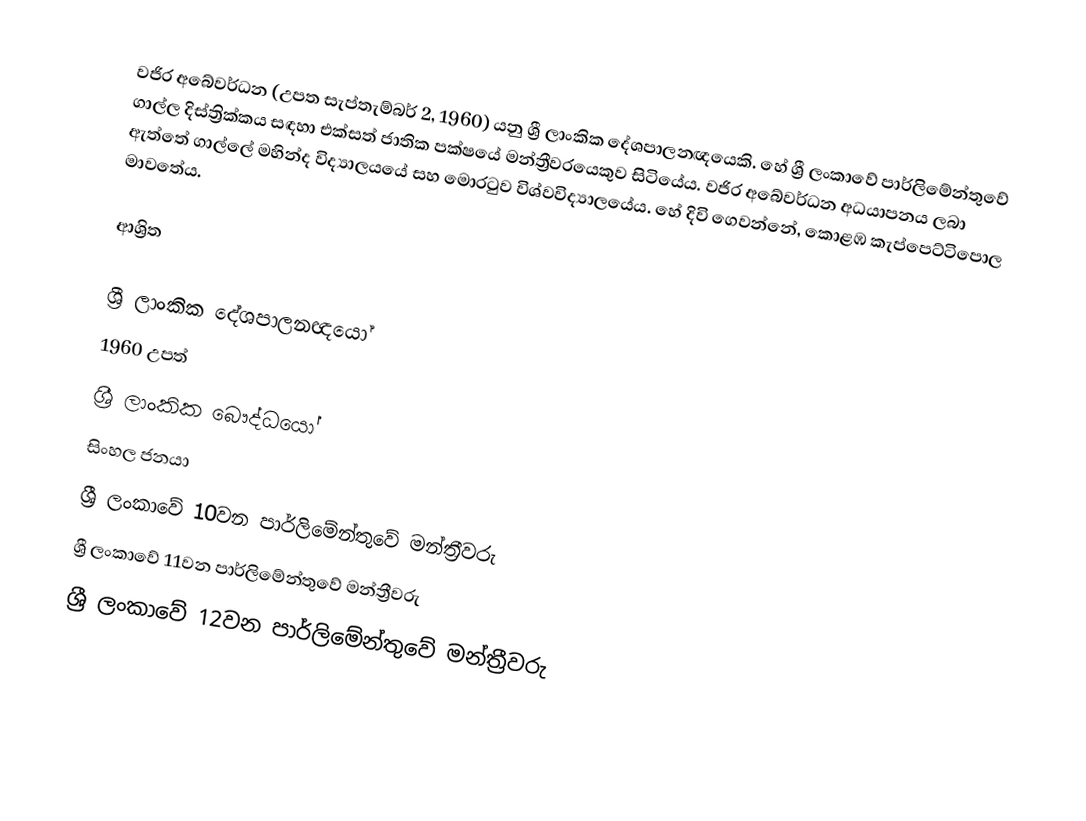
වජිර අබේවර්ධන (උපත සැප්තැම්බර් 2, 1960) යනු ශ්‍රී ලාංකික දේශපාලනඥයෙකි. හේ  ශ්‍රී ලංකාවේ පාර්ලිමේන්තුවේ ගාල්ල දිස්ත්‍රික්කය සඳහා එක්සත් ජාතික පක්ෂයේ මන්ත්‍රීවරයෙකුව සිටියේය. වජිර අබේවර්ධන අධයාපනය ලබා ඇත්තේ ගාල්ලේ මහින්ද විද්‍යාලයයේ සහ මොරටුව විශ්වවිද්‍යාලයේය. හේ දිවි ගෙවන්නේ, කොළඹ කැප්පෙට්ටිපොල මාවතේය.

ආශ්‍රිත

ශ්‍රී ලාංකික දේශපාලනඥයෝ
1960 උපත්
ශ්‍රී ලාංකික බෞද්ධයෝ
සිංහල ජනයා
ශ්‍රී ලංකාවේ 10වන පාර්ලිමේන්තුවේ මන්ත්‍රීවරු
ශ්‍රී ලංකාවේ 11වන පාර්ලිමේන්තුවේ මන්ත්‍රීවරු
ශ්‍රී ලංකාවේ 12වන පාර්ලිමේන්තුවේ මන්ත්‍රීවරු